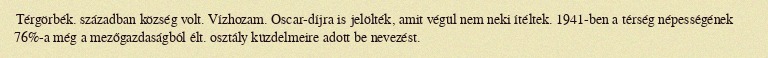
Térgörbék. században község volt. Vízhozam. Oscar-díjra is jelölték, amit végül nem neki ítéltek. 1941-ben a térség népességének 76%-a még a mezőgazdaságból élt. osztály küzdelmeire adott be nevezést.